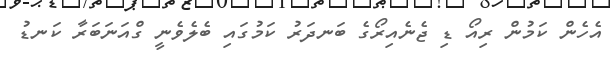
އެހެން ކަމުން ރިއޯ ޑި ޖެނެއިރޯގެ ބަނދަރު ކަމުގައި ބެލެވެނީ ގްއަނަބަރާ ކަނޑު